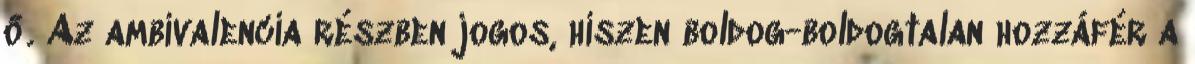
ő. Az ambivalencia részben jogos, hiszen boldog-boldogtalan hozzáfér a